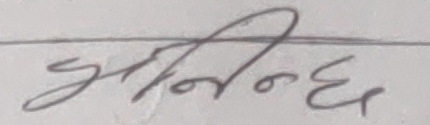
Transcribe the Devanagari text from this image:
झीनीन्दछ